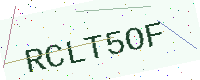
Text: RCLT5OF